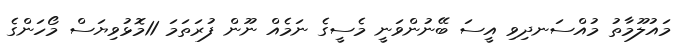
މައުލޫމާތު މުއްސަނދިވި އީސަ ބޭނުންވަނީ މެސީގެ ނަމެއް ނޫން ފުރަތަމަ 11މޮޅުވިޔަސް މޯހަންގެ